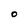
Character: O